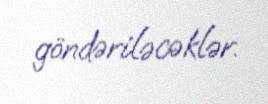
göndəriləcəklər.